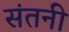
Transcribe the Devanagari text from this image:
संतनी